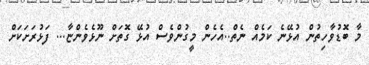
މާ ބޮޑުވާހިތުން އުޅޭނެ ކަމެއް ނެތް..އެހެން މީގުންވެސް އުޅޭ ގޮތަށް ނޫޅެވެންޏާ... ފަޅުރަށަކަށް